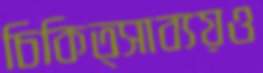
চিকিত্সাব্যয়ও